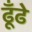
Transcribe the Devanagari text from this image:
ढूँढे